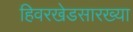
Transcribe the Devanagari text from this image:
हिवरखेडसारख्या